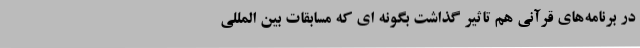
در برنامه‌های قرآنی هم تاثیر گذاشت بگونه ای که مسابقات بین المللی